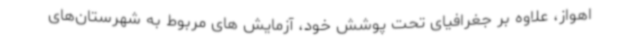
اهواز، علاوه بر جغرافیای تحت پوشش خود، آزمایش های مربوط به شهرستان‌های